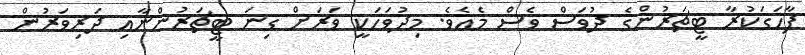
ފާހަގަކުރާ ޓީޗަރުންގެ ދުވަސް ވެސް މެއެވެ. މިދުވަހަކީ ވަރަށް ގިނަ ޓީޗަރުންނާއި ދަރިވަރުން